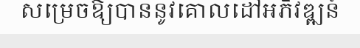
សម្រេចឱ្យបាននូវគោលដៅអភិវឌ្ឍន៍